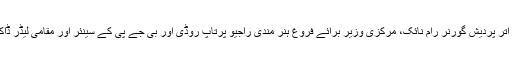
اس موقع پر دیگر لوگوں کے علاوہ اتر پردیش گورنر رام نائک، مرکزی وزیر برائے فروغ ہنر مندی راجیو پرتاپ روڈی اور بی جے پی کے سینئر اور مقامی لیڈر ڈاکٹر مرلی منوہر جوشی موجود تھے۔